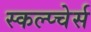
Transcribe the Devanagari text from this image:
स्कल्प्चेर्स